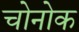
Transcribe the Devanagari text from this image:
चोनोक